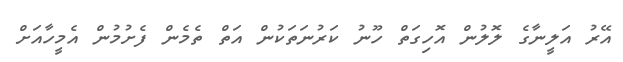
އޭރު އަލީނާގެ ލޮލުން އޮހިގަތް ހޫނު ކަރުނަތަކުން އަތް ތެމެން ފެށުމުން އެމީހާއަށް